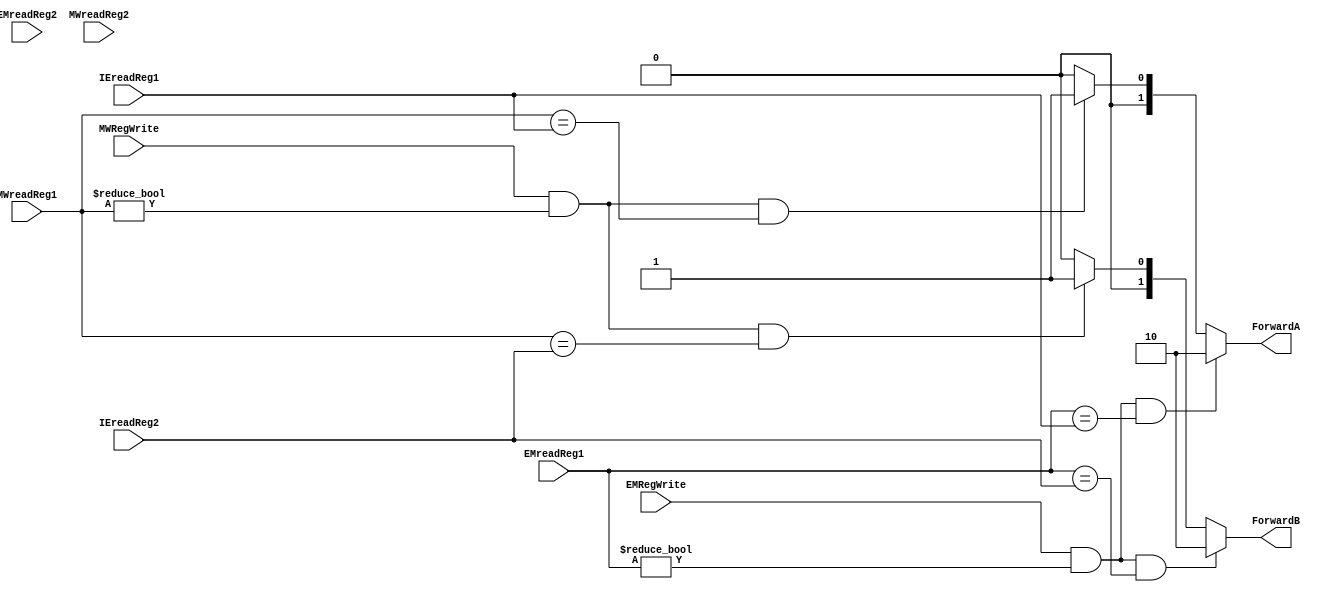
`timescale 1ns / 1ns

module forwardingUnit(EMRegWrite, MWRegWrite, EMreadReg1, EMreadReg2, IEreadReg1, IEreadReg2, MWreadReg1, MWreadReg2, ForwardA, ForwardB);

//I/O ports
output [1:0] ForwardA, ForwardB;
//These 2 outputs control the muxes involved in forwarding.
input EMRegWrite, MWRegWrite;
input [3:0] EMreadReg1, EMreadReg2, IEreadReg1, IEreadReg2, MWreadReg1, MWreadReg2;

//output defined as register
reg [1:0] ForwardA, ForwardB;

always @(*) //ForwardA
begin
	if ((EMRegWrite) && (EMreadReg1 != 0) && (EMreadReg1 == IEreadReg1))
	begin
		ForwardA = 2'b10;
	end
	else if ((MWRegWrite) && (MWreadReg1 != 0) && (MWreadReg1 == IEreadReg1))
	begin
		ForwardA = 2'b01;
	end	
	else	
	begin
		ForwardA =2'b00;
	end
end

always  @(*) //ForwardB
begin
	if ((EMRegWrite) && (EMreadReg1 != 0) && (EMreadReg1 == IEreadReg2))
	begin
		ForwardB = 2'b10;
	end

	else if ((MWRegWrite) && (MWreadReg1 != 0) && (MWreadReg1 == IEreadReg2))
	begin
		ForwardB = 2'b01;
	end
	else
	begin
		ForwardB = 2'b00;	
	end

	
end
endmodule